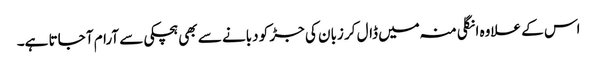
اس کے علاوہ انگلی منہ میں ڈال کر زبان کی جڑ کو دبانے سے بھی ہچکی سے آرام آ جاتا ہے۔